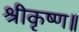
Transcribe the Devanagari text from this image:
श्रीकृष्ण॥